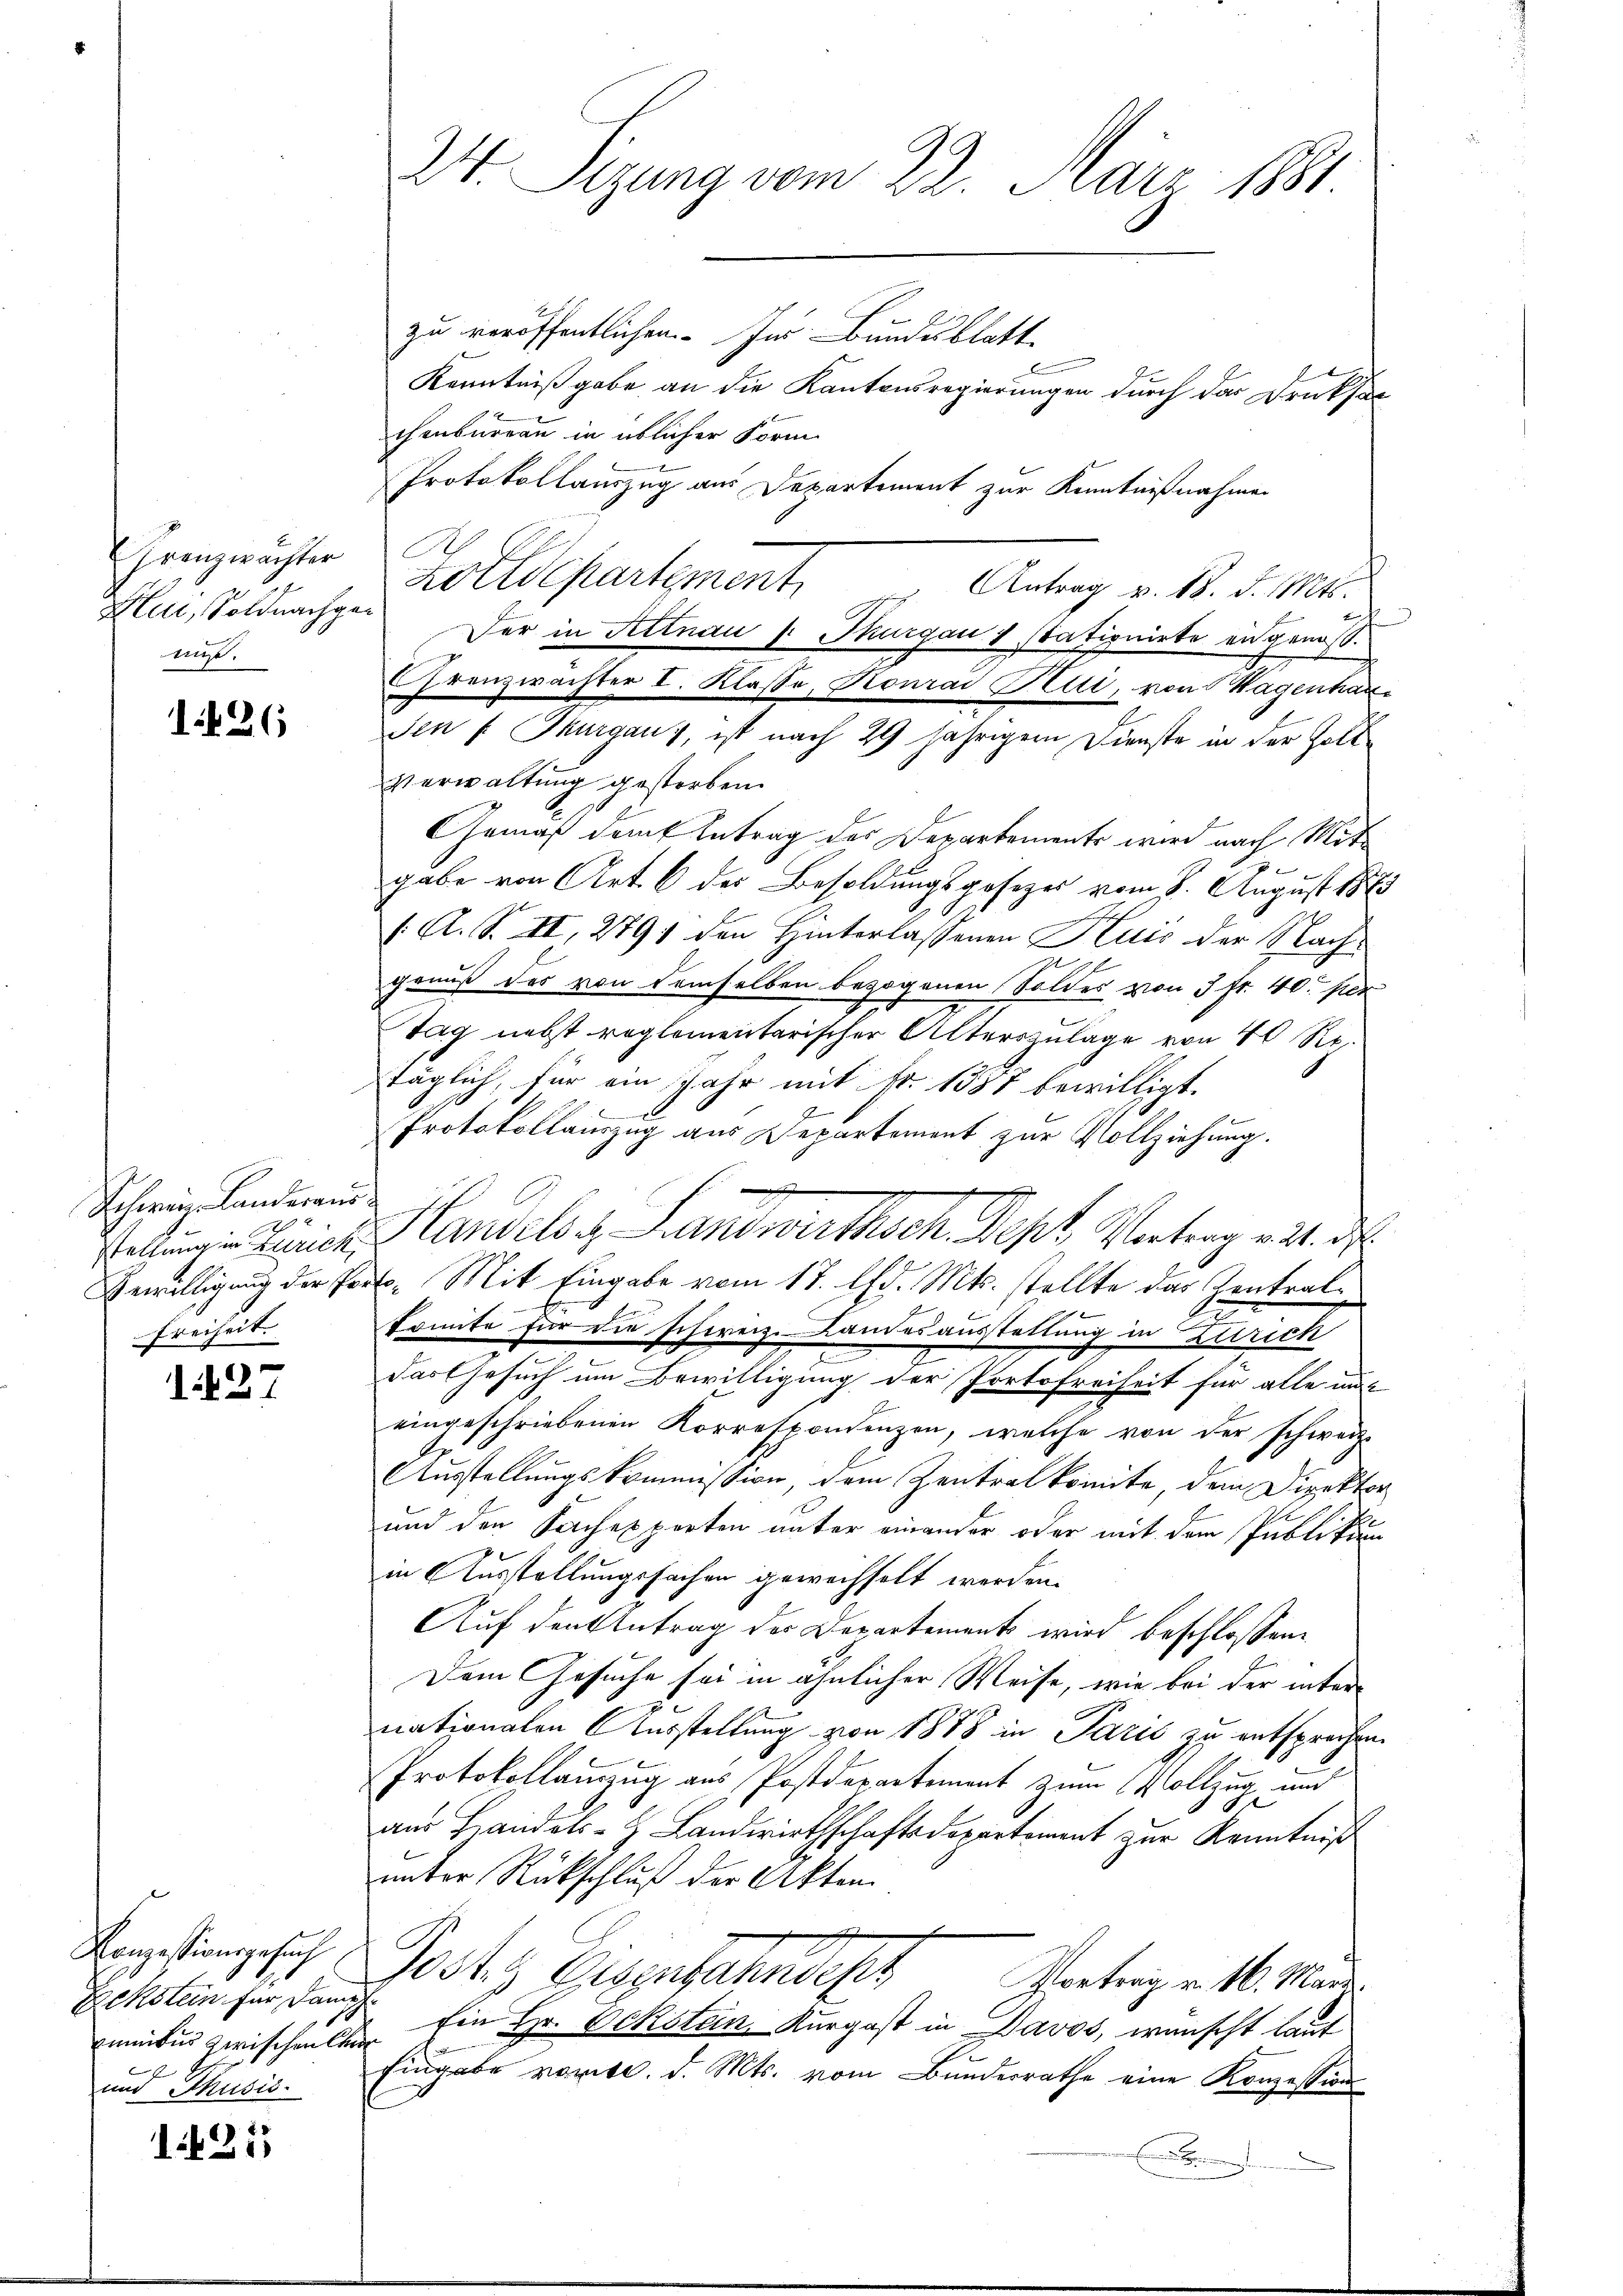
Krenzwachter
Hlui, Soldnachge
ege.

1426

Schwer Landeraus
stellung in Zürich,
Bewilligung der Pr
Freiheit.

127

Konzessionsgesuch
Eckstein für dam
cuntur zwischen ler
f
und Musis.

1425

24. Sigung vom 22. März 1881.

zu veröffentlichen. Im Bundesblatt
Kenntniß gabe an die Kantonsregierungen durch das Druksa
chenbureau in üblicher Form
Protokollauszug aus Departement zur Kenntnißnahmen
C
Kottdepartement
Antrag v. 18. d. Mts.

Der in Attnau 1 Thurgau 1 stationirte angenoss.
Franzwachter I. Klasse, Konrad Blui, von Wagenhau
Ien f. Thurgaus, ist nach 29 jährigem Dienste in der Zoll¬
Verwaltung gestorben.
Gemäß damit Antrag des Departemente wird nach Mitgabe von Art. 6 der Besoldungsgesetzes vom 8. August 1883
/. A. S. II, 2791 den Hinterlassenen Kuis der Nachgenuß des von demselben bezogenen Soldes von 3 Fr. 40. per
Tag nebst reglementarischer Alterszulage von 40 Rp.
täglich, für ein Jahr mit Nr. 1387 bewilligt.
.
Protokollauszug aus Departement zur Vollziehung.
Handels Landwirthsch. Sept. Vertrag an d
o. Mit Eingabe vom 17. d. Mts. stellte das Kontralkomite für die schweiz. Landesausstellung in Zürich
Das Gesuch um Bewilligung der Portofreiheit für alle mit
eingeschriebenen Korrespondenzen, welche von der schweiz.
Ausstellungskommission, dem Zentralkomite, dem Direktor
und den Sachexperten unter einander oder mit dem Publikum
in Ausstellungsfachen gewechselt werden.
Auf den Antrag der Departements wird beschlossen:
Dem Gesuche sei in ähnlicher Weise, wie bei der inter¬
1
nationalen Ausstellung von 1888 in Paris zu entsprochen
Protokollauszug aus Postdepartement zum Vollzug und
.
aus Handels-H. Landwirthschaftsdepartement zur Kenntniß
unter Rückschluß der Akten.
Jostig Ausgefahndert Ponterpr. 10. Mann
Ein Hr. Eckstein Kurgast in Davos, wünscht laut
Eingabe vorte. d. Mts. vom Bunderrathe eine Konzession
B